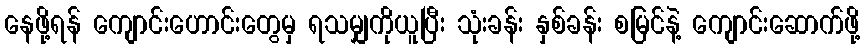
နေဖို့ရန် ကျောင်းဟောင်းတွေမှ ရသမျှကိုယူပြီး သုံးခန်း နှစ်ခန်း စမြင်နဲ့ ကျောင်းဆောက်ဖို့